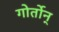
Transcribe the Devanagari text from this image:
गोर्तोन्